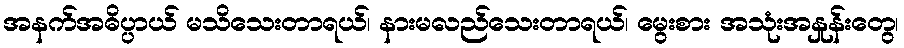
အနက်အဓိပ္ပာယ် မသိသေးတာရယ်၊ နားမလည်သေးတာရယ်၊ မွေးစား အသုံးအနှုန်းတွေ၊